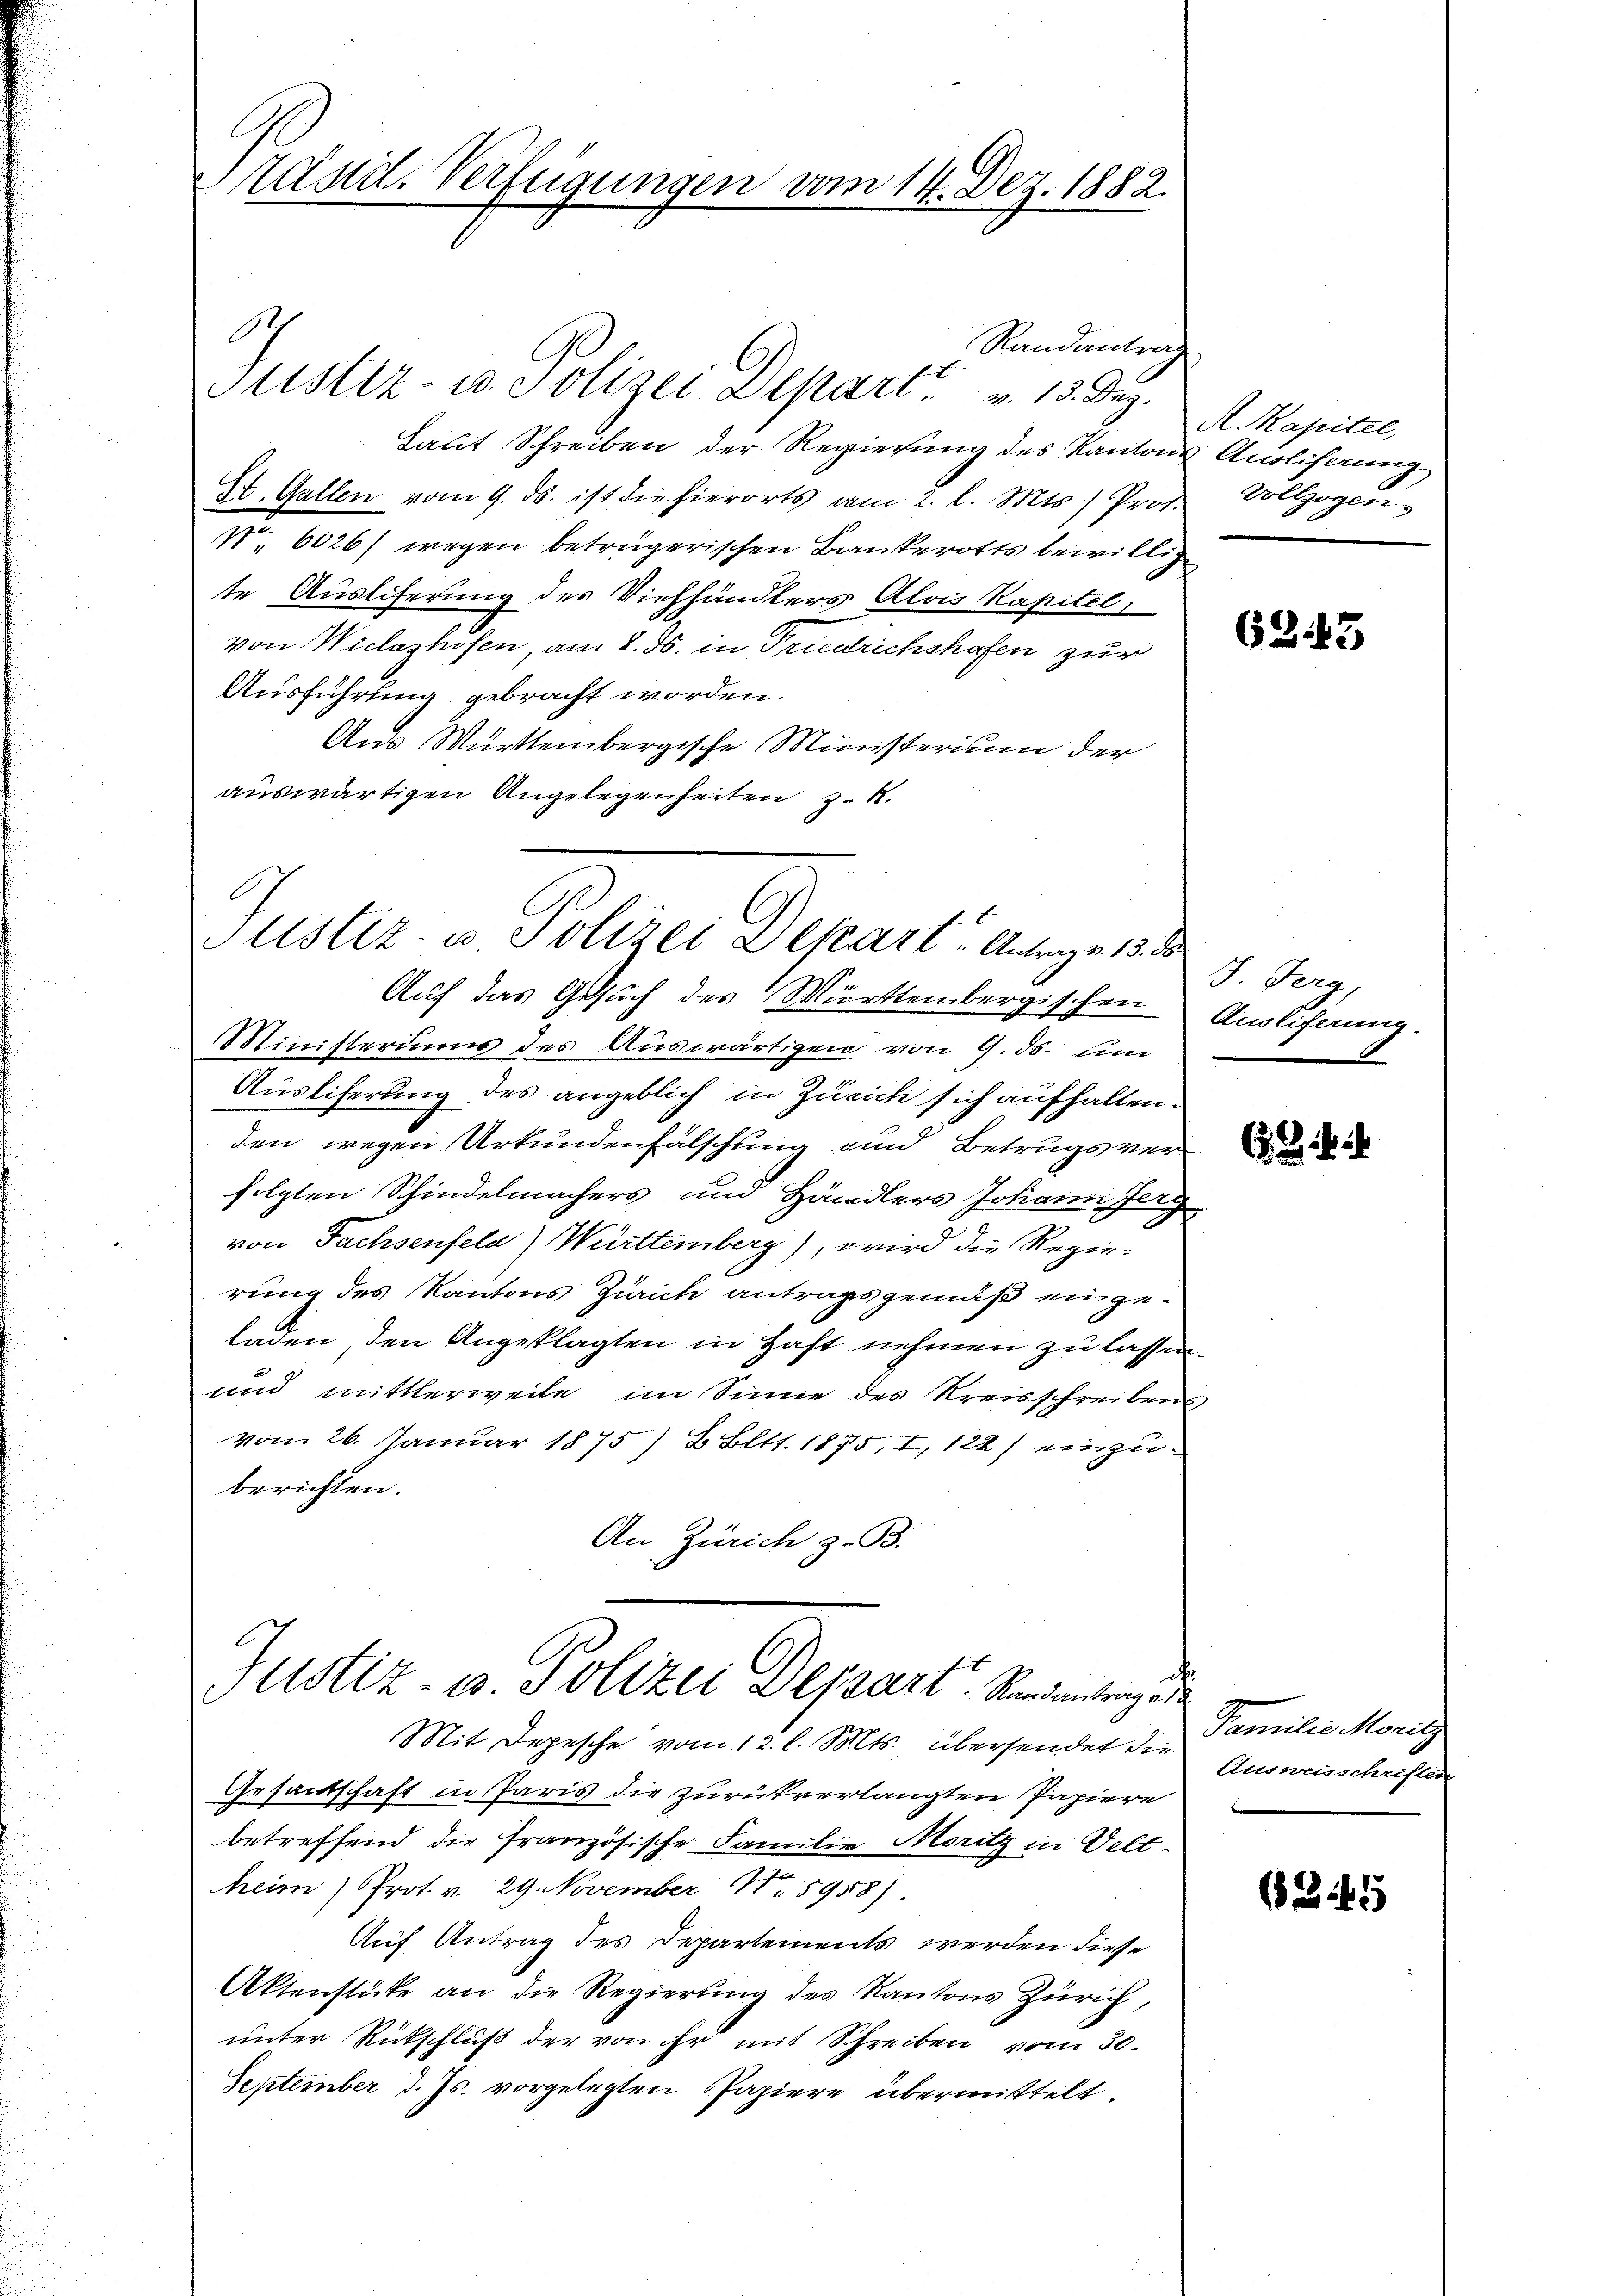
Zäsdt. Verfügungen vom 14. Dez. 1882.

Justiz- u. Polizei Depart v. 13. Dez.
Laut Schreiben der Regierung des Kanton
St. Gallen vom 9. ds. ist die hierorts vom 2. l. Mts.) Prof.
No. 6026) wegen betrügerischen Bankerotts bewillig
te Ausliferung des Viehhändlers Alois Kapitel
von Wielashofen, am 8. ds. in Friedrichshofen zur
Ausführling gebracht worden.
Au Württembergische Ministerium der
auswärtigen Angelegenheiten z. R.

1

Randantra

Justiz- u Polizei Depart. Antrage 15. d.

Justiz- u. Polizei Depart. Randantrag ert

c

Auf das Gesuch des Württembergischen Auslifnung.
Ministeriums des Auswärtigen von 9. ds. um
Ausliferung des angeblich in Zürich sich aufhalten.
den wegen Urkundenfalschung und Betrugs verfolgten Schindelmachers und Händlers Johann erg
von Fachsenfeld) Württemberg), wird die Regie-
rung des Kantons Zürich antragsgemäß eingeladen, den Angeklagten in Haft nehmen zu lassen.
2
und mittlerweile im Sinne des Kreisschreibens
vom 26. Januar 1875) 2 Bltt. 1875, I, 122) einzuberichten.
An Zürich z. B.

Mit Depesche vom 12. l. Mts. übersendet die Ausweisschriften
Gesandtschaft in Paris die zurückverlangten Papiere
betreffend die Französische Familie Moritz in Veltheim Prot. v. 29. November 11. 5958).
Auf Antrag des Departements werden diese
Aktenstücke an die Regierŭng des Kantons Zürich,
unter Rückschluß der von ihr mit Schreiben vom 30.
September d. Js. vorgelegten Papiere übermittelt.

A. Kapitel,
& Ausliserung
Vollzogen

6243

J. Ferg,

. . .

Familie Moritz

(35